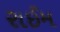
રાઈમ